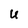
Character: U